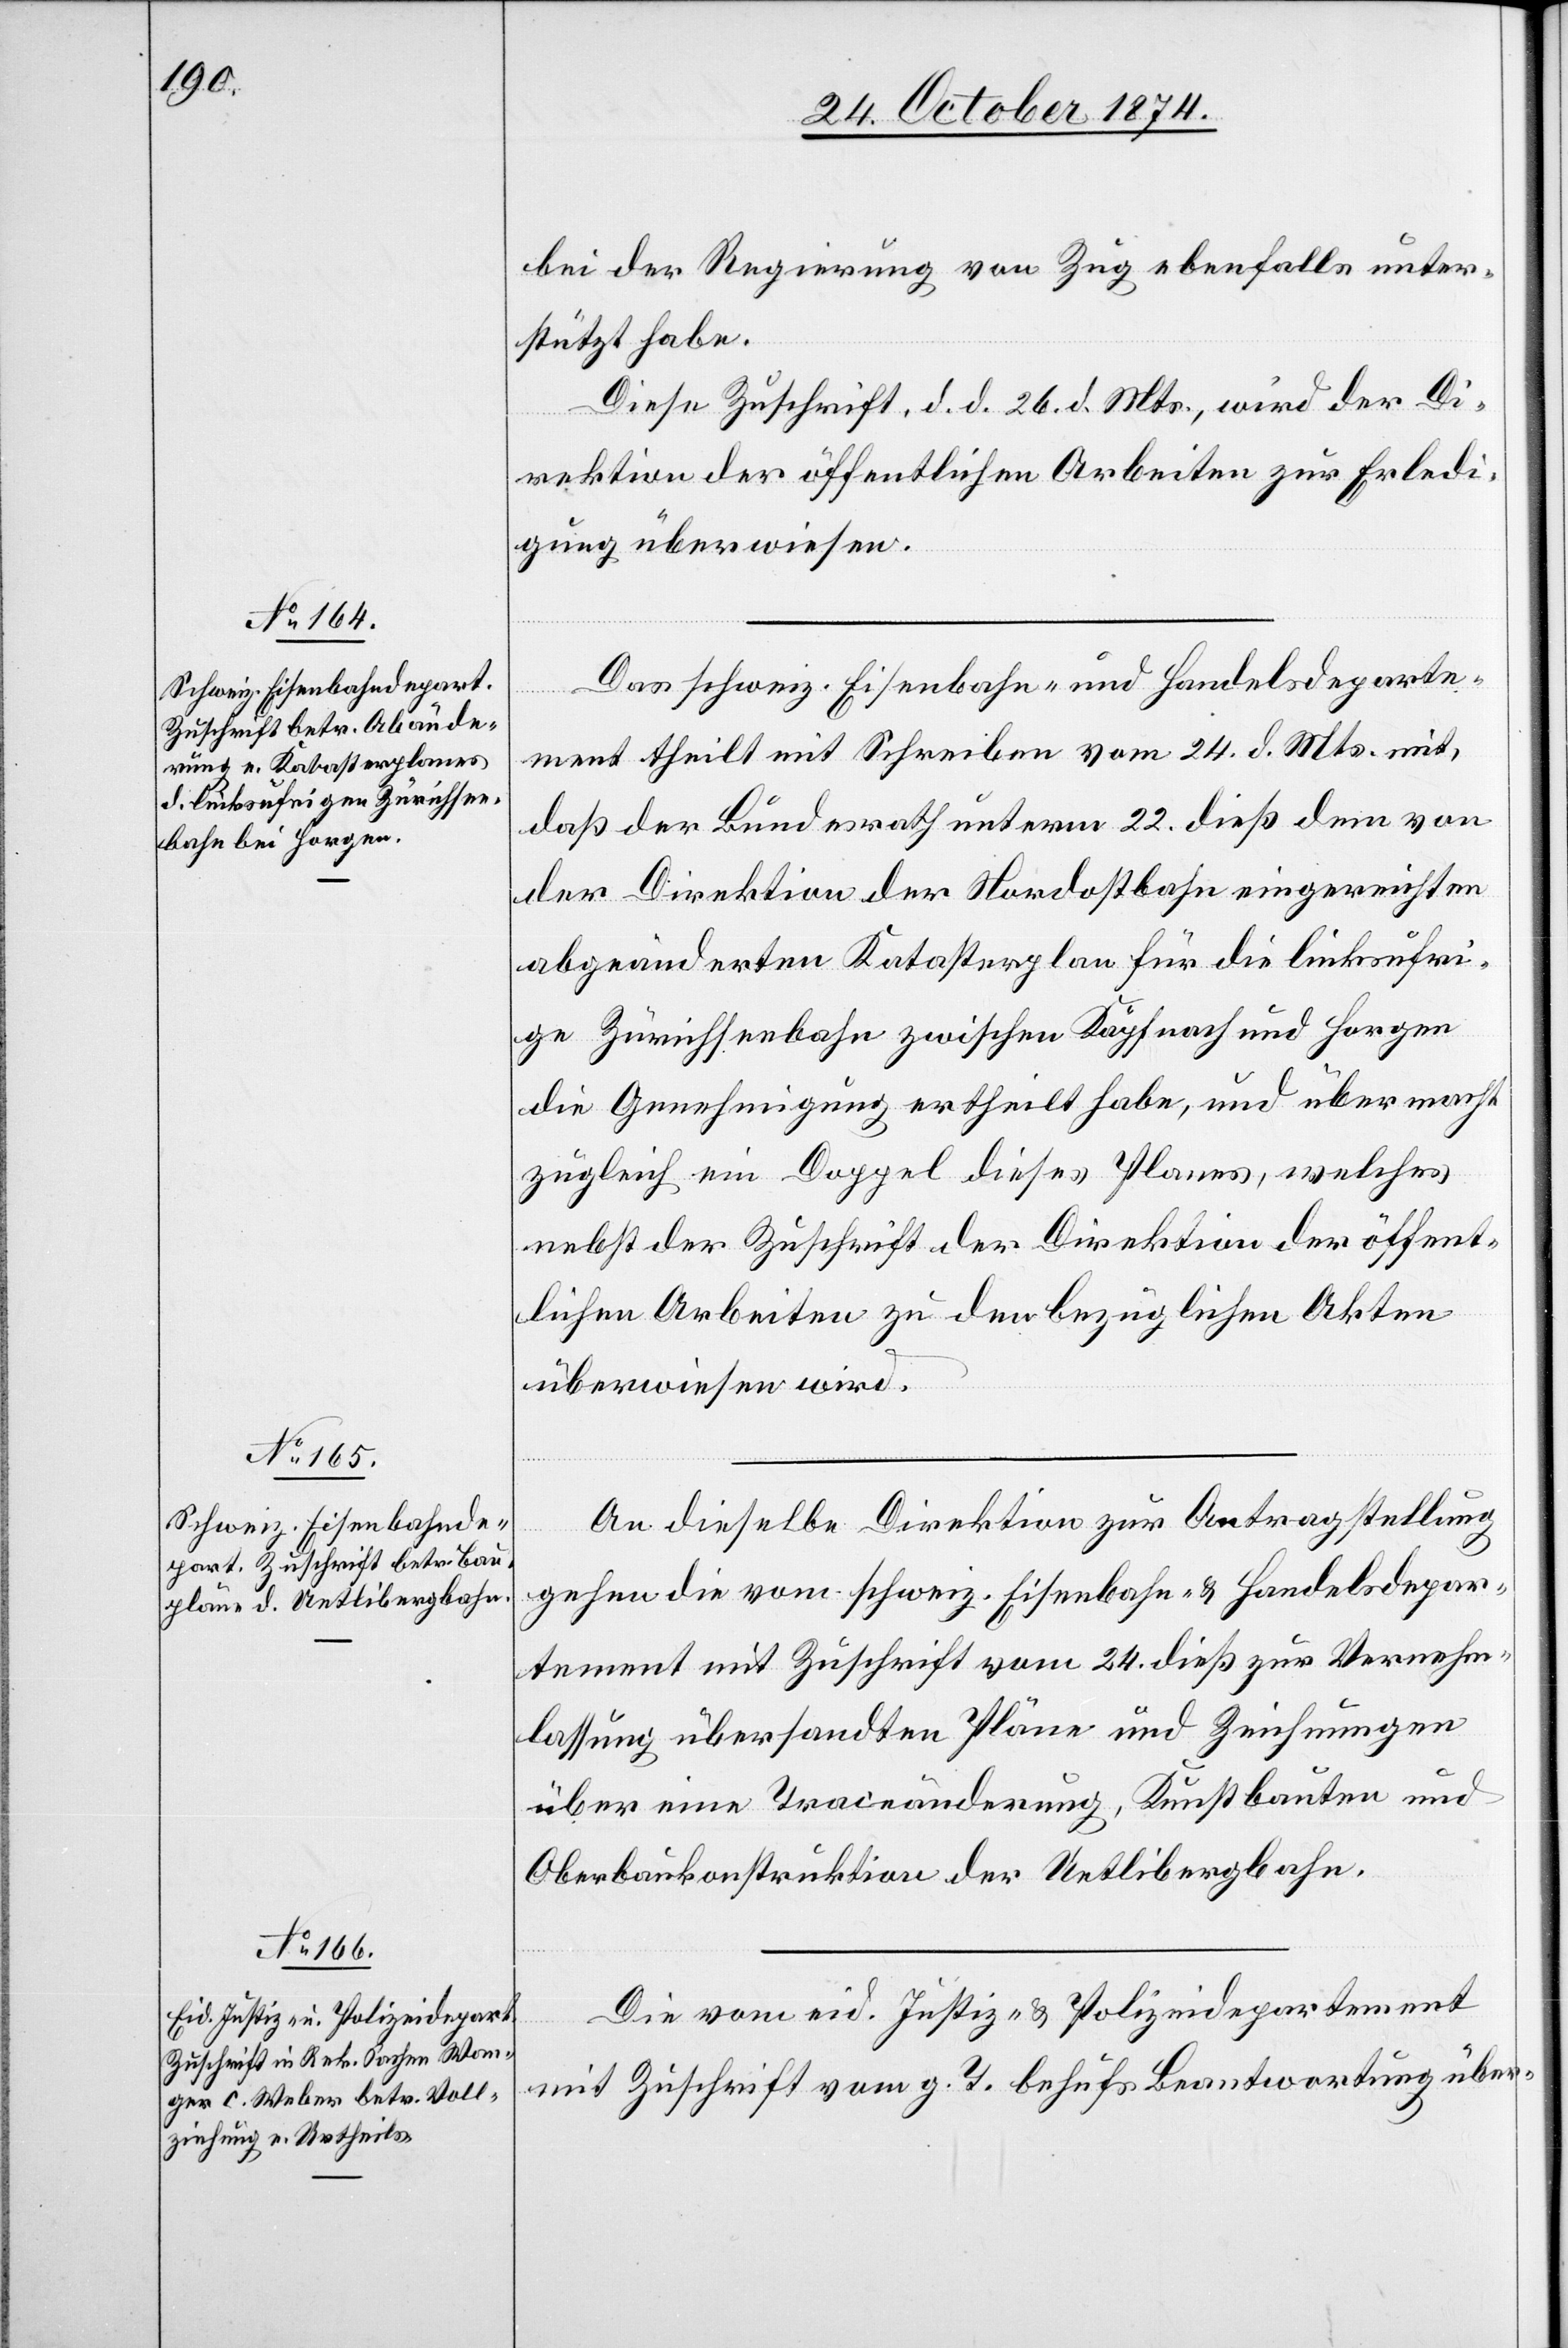
28. October 1874]
bei der Regierung von Zug ebenfalls unter¬
stützt habe.
Diese Zuschrift, d. d. 26. d. Mts., wird der Di¬
rektion der öffentlichen Arbeiten zur Erledi¬
gung überwiesen.
Das schweiz. Eisenbahn- und Handelsdeparte¬
ment theilt mit Schreiben vom 24. d. Mts. mit,
daß der Bundesrath unterm 22. dieß dem von
der Direktion der Nordostbahn eingereichten
abgeänderten Katasterplan für die linksufri¬
ge Zürichseebahn zwischen Käpfnach und Horgen
die Genehmigung ertheilt habe, und übermacht
zugleich ein Doppel dieses Planes, welches
nebst der Zuschrift der Direktion der öffent¬
lichen Arbeiten zu den bezüglichen Akten
überwiesen wird.
An dieselbe Direktion zur Antragstellung
gehen die vom schweiz. Eisenbahn- & Handelsdepar¬
tement mit Zuschrift vom 24. dieß zur Vernehm¬
lassung übersandten Pläne und Zeichnungen
über eine Traceänderung, Kunstbauten und
Oberbaukonstruktion der Uetlibergbahn.
Die vom eid. Justiz- & Polizeidepartement
mit Zuschrift vom g. T. behufs Beantwortung über-